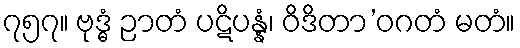
၇၅၇။ ဗုဒ္ဓံ ဉာတံ ပဋိပန္နံ၊ ဝိဒိတာ’ဝဂတံ မတံ။